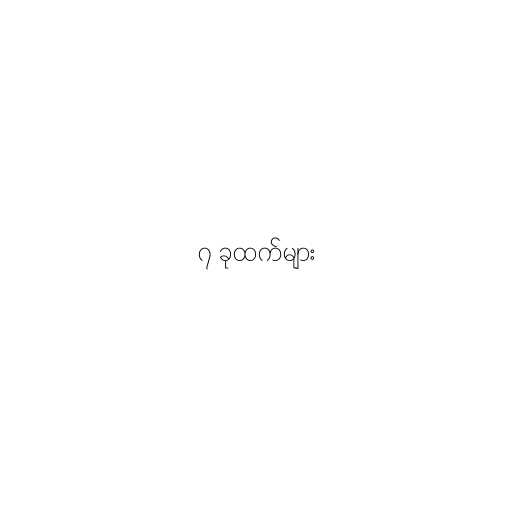
၇ ခုထက်များ